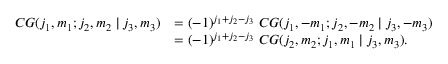
\begin{array} { r l } { C G ( j _ { 1 } , m _ { 1 } ; j _ { 2 } , m _ { 2 } \mid j _ { 3 } , m _ { 3 } ) } & { = ( - 1 ) ^ { j _ { 1 } + j _ { 2 } - j _ { 3 } } \; C G ( j _ { 1 } , - m _ { 1 } ; j _ { 2 } , - m _ { 2 } \mid j _ { 3 } , - m _ { 3 } ) } \\ & { = ( - 1 ) ^ { j _ { 1 } + j _ { 2 } - j _ { 3 } } \; C G ( j _ { 2 } , m _ { 2 } ; j _ { 1 } , m _ { 1 } \mid j _ { 3 } , m _ { 3 } ) . } \end{array}